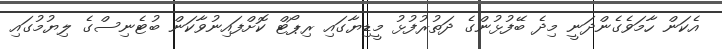
އެކަން ހާމަވެގެންދަނީ މިދެ ބޭފުޅުންގެ ދަތުރުފުޅު މީޑިޔާގައި ރިޕޯޓް ކޮށްފައިނުވާކަން ބުޓެނިސްގެ ލިޔުމުގައި